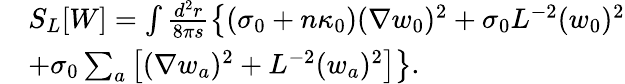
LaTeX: \begin{array}{rl}&{S_{L}[W]=\int\frac{d^{2}r}{8\pi s}\left\{ (\sigma_{0}+n\kappa_{0})(\nabla w_{0})^{2}+\sigma_{0}L^{-2}(w_{0})^{2}\vphantom{\sum_{a}}\right.}\\ &{\left.+\sigma_{0}\sum_{a}\left[(\nabla w_{a})^{2}+L^{-2}(w_{a})^{2}\right]\right\} .}\end{array}